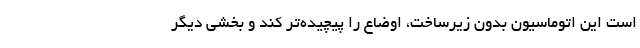
است این اتوماسیونِ بدون زیرساخت، اوضاع را پیچیده‌تر کند و بخشی دیگر